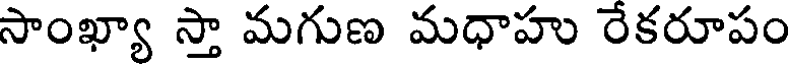
సాంఖ్యా స్తా మగుణ మధాహు రేకరూపం